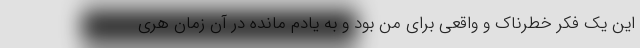
این یک فکر خطرناک و واقعی برای من بود و به یادم مانده در آن زمان هری